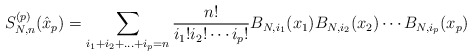
\begin{align*}S_{N,n}^{(p)}(\hat{x}_p)=\sum_{i_1+i_2+...+i_p=n} \frac{n!}{i_1! i_2!\cdots i_p!} B_{N,i_1}(x_1)B_{N,i_2}(x_2)\cdots B_{N,i_p}(x_p)\end{align*}